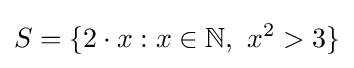
S=\{2\cdot x:x\in \mathbb {N} ,\ x^{2}>3\}